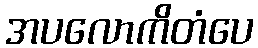
အပလောကိတံပေ